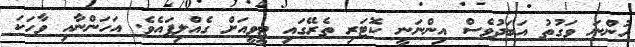
ހުންނަ ވަގުތު އަބަދުވެސް އިންނަނީ ކޮޓަރި ތެރޭގައި ޓީވީއަށް ގެއްލިފައެވެ. އަހަންނާއި ވާހަކަ